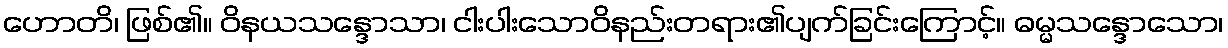
ဟောတိ၊ ဖြစ်၏။ ဝိနယသန္ဒောသာ၊ ငါးပါးသောဝိနည်းတရား၏ပျက်ခြင်းကြောင့်။ ဓမ္မသန္ဒောသော၊